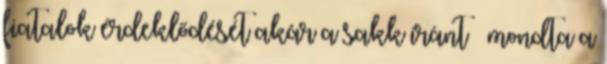
fiatalok érdeklődését akár a sakk iránt – mondta a